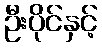
ဦးပိုင်နှင့်